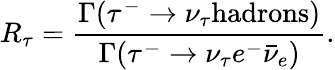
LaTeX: R_{\tau}=\frac{\Gamma(\tau^{-}\to\nu_{\tau}\mathrm{hadrons})}{\Gamma(\tau^{-}\to\nu_{\tau}e^{-}\bar{\nu}_{e})}.